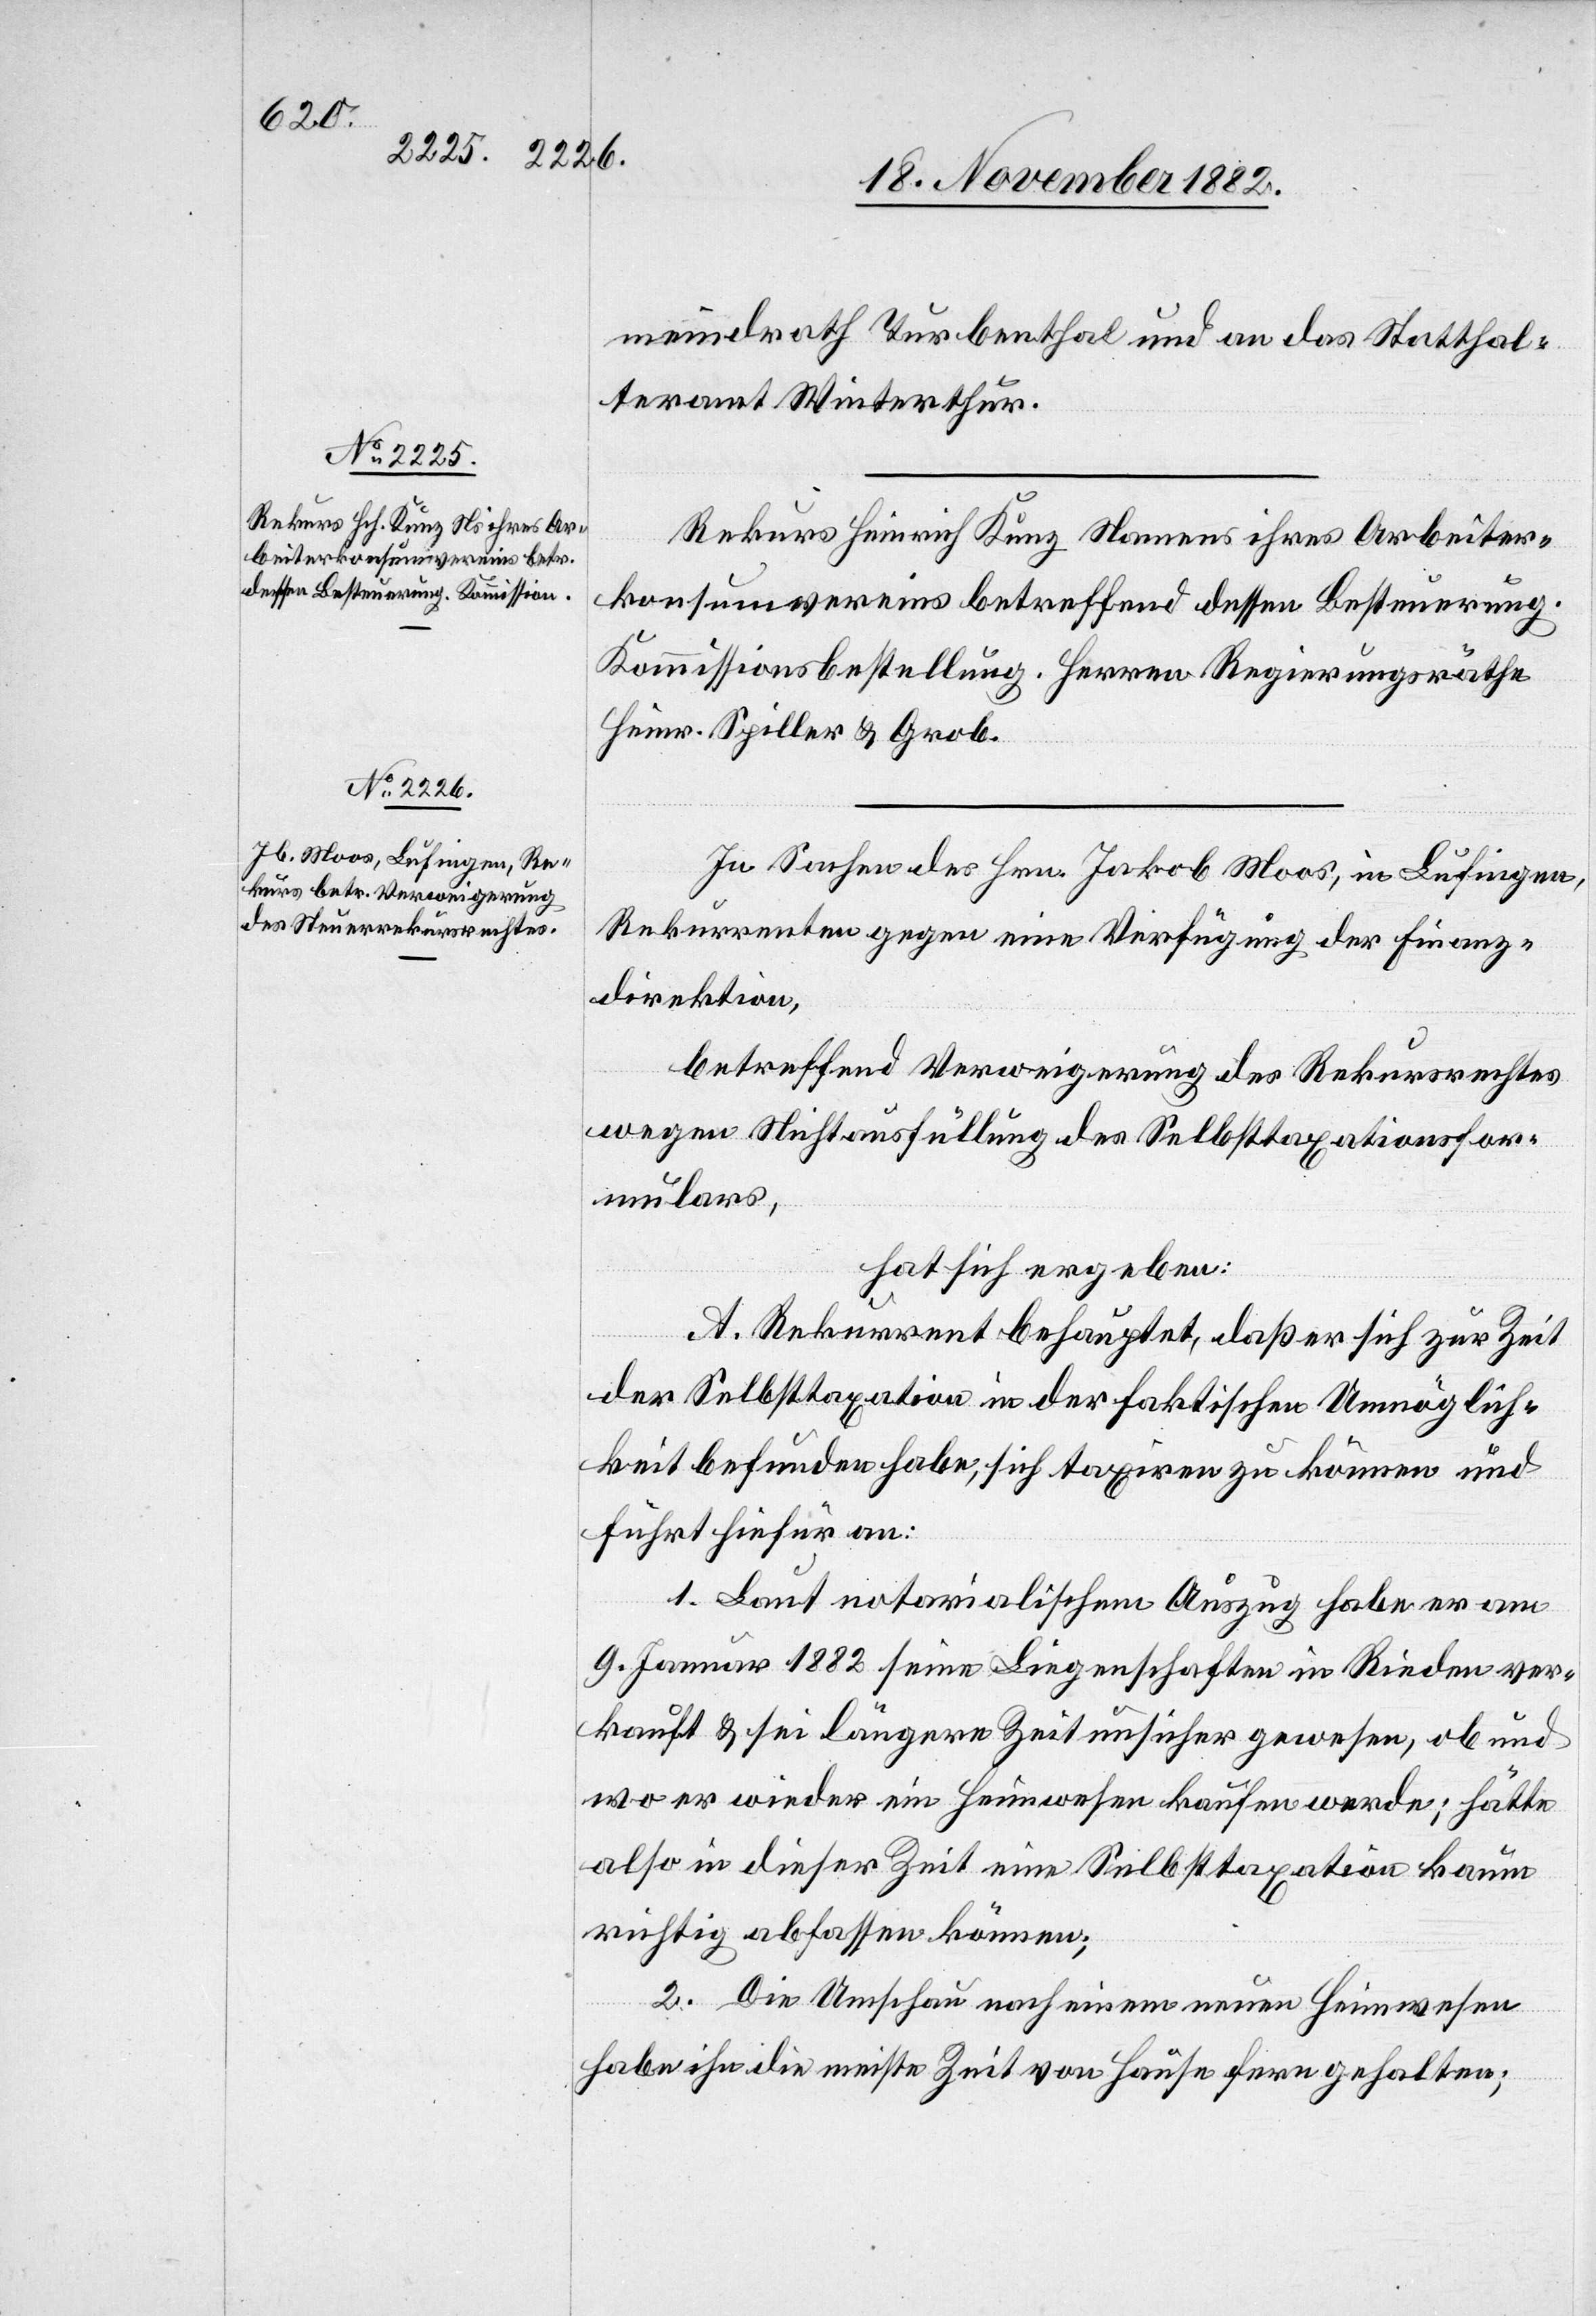
betr. Verweigerung

meindrath Turbenthal und an das Statthal¬
teramt Winterthur.
Rekurs Heinrich Kunz Namens ihres Arbeiter¬
konsumvereins betreffend dessen Besteuerung.
Kommissionbestellung. Herren Regierungsräthe
Heinr. Spiller & Grob.
In Sachen des Hrn. Jakob Moos, in Lufingen,
Rekurrenten gegen eine Verfügung der Finanz¬
direktion,
wegen Nichtausfüllung des Selbsttaxationsfor¬
mulars,
des
hat sich ergeben:
A. Rekurrent behauptet, daß er sich zu Zeit
der Selbsttaxation in der faktischen Unmöglich¬
keit befunden habe, sich taxiren zu können und
führt hiefür an:
1. Laut notarialischen Auszug habe er am
9. Januar 1882 seine Liegenschaften in Rieden ver¬
kauft & sei längere Zeit unsicher gewesen, ob und
wo er wieder ein Heimwesen kaufen werde; hätte
also in dieser Zeit eine Selbsttaxation kaum
richtig abfassen können;
2. Die Umschau nach einem neuen Heimwesen
habe ihn die meiste Zeit von Hause fern gehalten;